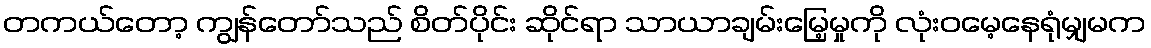
တကယ်တော့ ကျွန်တော်သည် စိတ်ပိုင်း ဆိုင်ရာ သာယာချမ်းမြေ့မှုကို လုံးဝမေ့နေရုံမျှမက